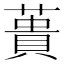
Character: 蕢